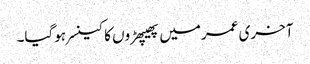
آخری عمرمیں پھیپھڑوں کا کینسر ہوگیا۔